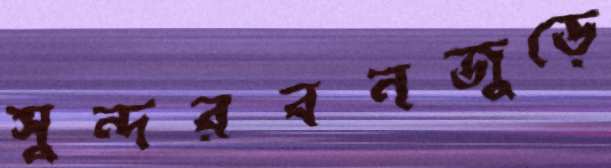
সুন্দরবনজুড়ে